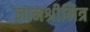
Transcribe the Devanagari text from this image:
ज्ञानश्रीमित्र